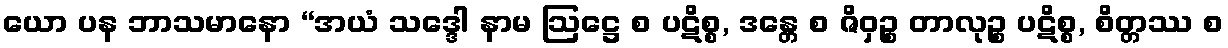
ယော ပန ဘာသမာနော “အယံ သဒ္ဒေါ နာမ ဩဋ္ဌေ စ ပဋိစ္စ, ဒန္တေ စ ဇိဝှဉ္စ တာလုဉ္စ ပဋိစ္စ, စိတ္တဿ စ